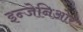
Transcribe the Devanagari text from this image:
इन्जेनिओर